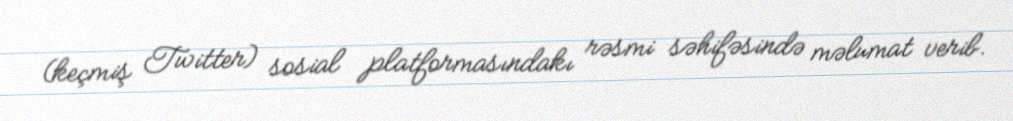
(keçmiş Twitter) sosial platformasındakı rəsmi səhifəsində məlumat verib.